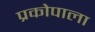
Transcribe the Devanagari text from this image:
प्रकोपाला